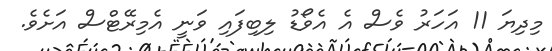
މިދިޔަ 11 އަހަރު ވެސް އެ އެވޯޑު ލިބިފައި ވަނީ އެމިރޭޓްސް އަށެވެ.